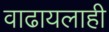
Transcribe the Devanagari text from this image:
वाढायलाही